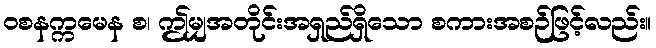
ဝစနက္ကမေန စ၊ ဤမျှအတိုင်းအရှည်ရှိသော စကားအစဉ်ဖြင့်လည်း။